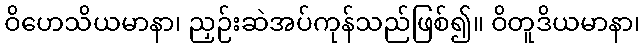
ဝိဟေသိယမာနာ၊ ညှဉ်းဆဲအပ်ကုန်သည်ဖြစ်၍။ ဝိတူဒိယမာနာ၊